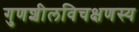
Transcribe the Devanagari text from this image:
गुणशीलविचक्षणस्य